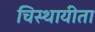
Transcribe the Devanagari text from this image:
चिस्थायीता